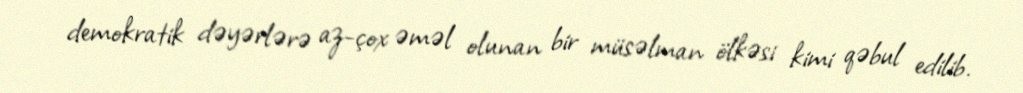
demokratik dəyərlərə az-çox əməl olunan bir müsəlman ölkəsi kimi qəbul edilib.